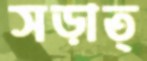
সড়াত্